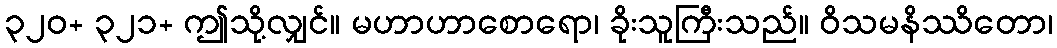
၃၂၀+ ၃၂၁+ ဤသို့လျှင်။ မဟာဟာစောရော၊ ခိုးသူကြီးသည်။ ဝိသမနိဿိတော၊